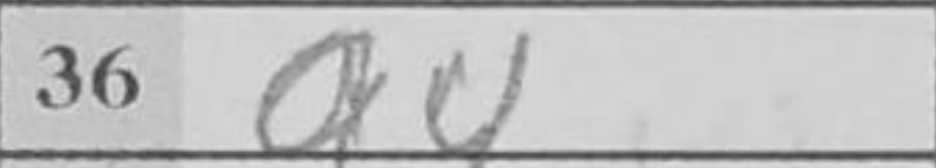
Transcription: a4